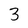
Character: 3